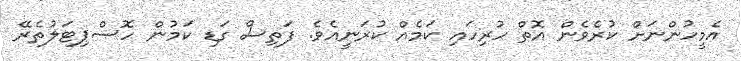
އެމީހުންނަށް ކުރެވެން އޮތް ހުރިހައި ކަމެއް ކުރަނީއެވެ. ފަތިސް ގަޑި ކަމުން ހޮސްޕިޓަލުތެރޭ